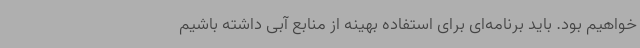
خواهیم بود. باید برنامه‌ای برای استفاده بهینه از منابع آبی داشته باشیم